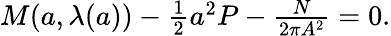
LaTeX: \begin{array}{r}{M({a},\lambda({a}))-\frac{1}{2}{a}^{2}P-\frac{N}{2\pi A^{2}}=0.}\end{array}